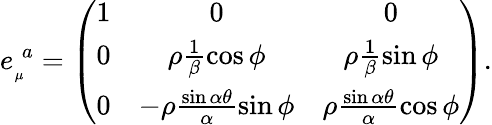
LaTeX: e_{_{\mu}}^{\; a}=\left(\begin{array}{ccc}{{1}}&{{0}}&{{0}}\\ {{0}}&{{\rho\frac{1}{\beta}\cos\phi}}&{{\rho\frac{1}{\beta}\sin\phi}}\\ {{0}}&{{-\rho\frac{\sin\alpha\theta}{\alpha}\sin\phi}}&{{\rho\frac{\sin\alpha\theta}{\alpha}\cos\phi}}\end{array}\right).